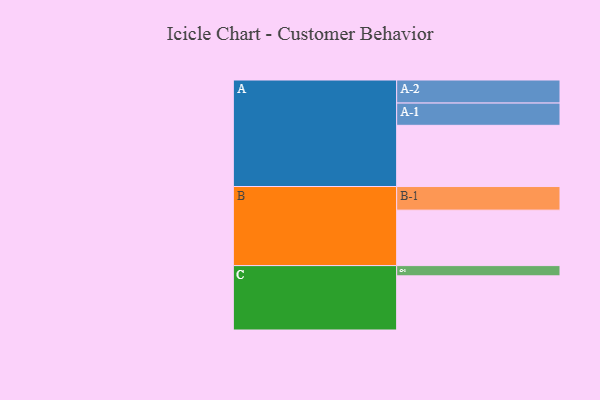
{"axis": {"x": "Segment", "y": "Value"}, "legend": ["", "A", "B", "C"], "data": [{"x": "A", "y": 555, "type": ""}, {"x": "B", "y": 503, "type": ""}, {"x": "C", "y": 491, "type": ""}, {"x": "A-1", "y": 202, "type": "A"}, {"x": "A-2", "y": 209, "type": "A"}, {"x": "B-1", "y": 214, "type": "B"}, {"x": "C-1", "y": 93, "type": "C"}]}